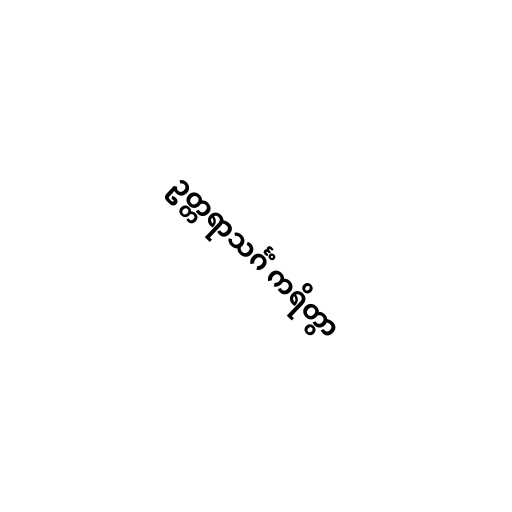
ဥတ္တရာသင်္ဂံ ကရိတွာ